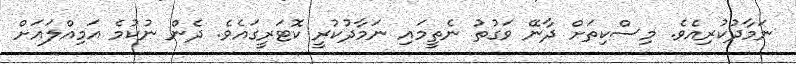
ނަމާދުކުރިއެވެ. މިސްކިތަށް ދާނޭ ވަގުތު ނެތީމައި ނަމާދުކުރީ ކޮޓަރީގައެވެ. ދެން ނުކުމެ އަމިއްލައަށް